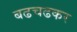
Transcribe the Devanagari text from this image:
बढचढकर